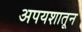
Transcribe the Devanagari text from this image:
अपयशातून